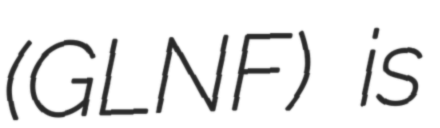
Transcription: (GLNF) is